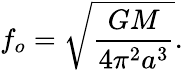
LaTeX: f_{o}=\sqrt{\frac{GM}{4\pi^{2}a^{3}}}.